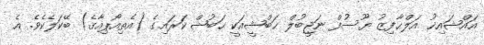
އައްޝައިޚު އަލްޙާފިޒު ޔޫސުފް ނަޖީބުލް ޙަބްޝީއަކީ ޙަބުޝް ކަރައިގެ (އެތިއޯޕިއާގެ) ބޭކަލެކެވެ. އެ